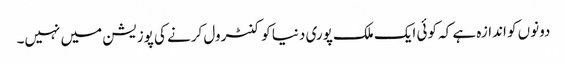
دونوں کو اندازہ ہے کہ کوئی ایک ملک پوری دنیا کو کنٹرول کرنے کی پوزیشن میں نہیں۔